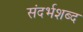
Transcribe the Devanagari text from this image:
संदर्भशब्द